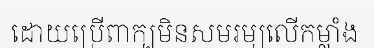
ដោយប្រើពាក្បមិនសមរម្យលើកម្លាំង